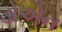
ડોએન